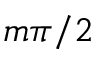
m \pi / 2